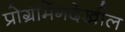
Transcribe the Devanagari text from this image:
प्रोग्रॅमिंगदेखील